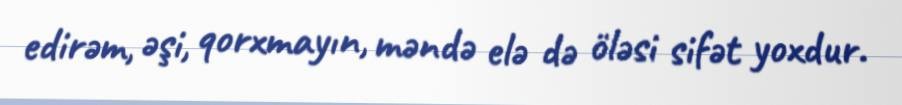
edirəm, əşi, qorxmayın, məndə elə də öləsi sifət yoxdur.